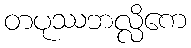
တပုဿဘလ္လိကေ